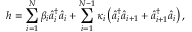
h = \sum _ { i = 1 } ^ { N } \beta _ { i } \hat { a } _ { i } ^ { \dagger } \hat { a } _ { i } + \sum _ { i = 1 } ^ { N - 1 } \kappa _ { i } \left( \hat { a } _ { i } ^ { \dagger } \hat { a } _ { i + 1 } + \hat { a } _ { i + 1 } ^ { \dagger } \hat { a } _ { i } \right) ,